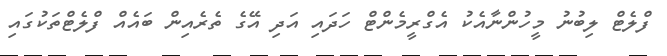
ފްލެޓް ލިބުނު މީހުންނާއެކު އެގްރީމެންޓް ހަދައި އަދި އޭގެ ތެރެއިން ބައެއް ފްލެޓްތަކުގައި